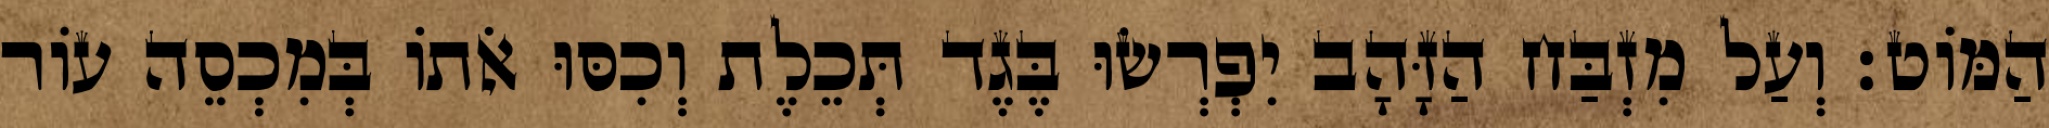
הַמּוֹט׃ וְעַל מִזְבַּח הַזָּהָב יִפְרְשׂוּ בֶּגֶד תְּכֵלֶת וְכִסּוּ אֹתוֹ בְּמִכְסֵה עוֹר